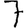
Digit: 7